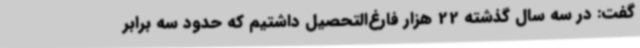
گفت: در سه سال گذشته 22 هزار فارغ‌التحصیل داشتیم که حدود سه برابر